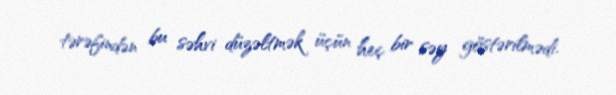
tərəfindən bu səhvi düzəltmək üçün heç bir səy göstərilmədi.